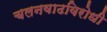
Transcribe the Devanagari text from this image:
चलनवाढविरोधी